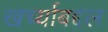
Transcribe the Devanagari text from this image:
खर्च्याबद्दल